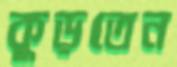
কুড়তেন